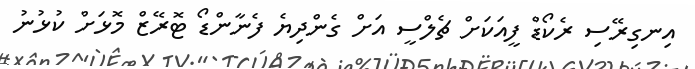
އިނގިރޭސި ރެކޯޑް ފީއަކަށް ޗެލްސީ އަށް ގެންދިޔެ ފެނާންޑޯ ޓޮރޭޒް މޮޅަށް ކުޅުނު